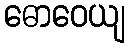
ဓောဝေယျ